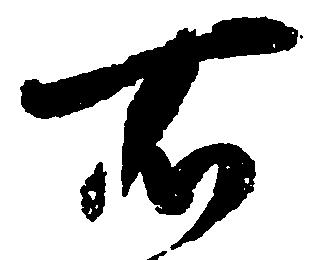
右